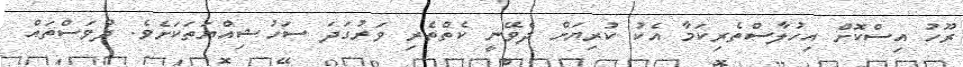
ރޫހު އިސްކޮށް އިހުލާސްތެރިކަމާ އެކު ކުރިޔަށް ދެވޭނީ ކެތްތެރި ވަރުގަދަ ސަހުޝިއްޔަތަކަށެވެ. ދުވަސްތައް